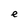
Character: e